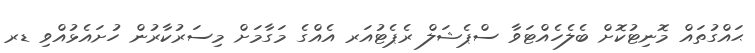
ޙައްގުތައް މޮނިޓުކޮށް ބެލެހެއްޓަވާ ސްޕެޝަލް ރެޕެޓުއަރ އެއްގެ މަގާމަށް މިސަރުކާރުން ހުށައެޅުއްވި ޑރ